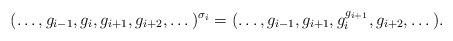
\begin{align*}(\dots,g_{i-1},g_i,g_{i+1},g_{i+2},\dots)^{\sigma_i} = (\dots,g_{i-1},g_{i+1}, g_i^{g_{i+1}}, g_{i+2},\dots).\end{align*}